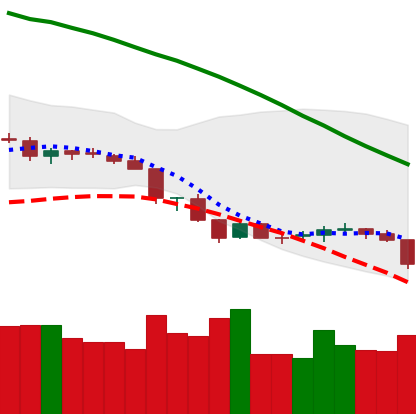
Ticker: NEO-USD
Chart end date: 2018-06-22
Forward return: -8.846%
Label: down_7plus